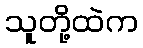
သူတို့ထဲက